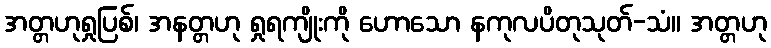
အတ္တဟုရှုပြစ်၊ အနတ္တဟု ရှုရကျိုးကို ဟောသော နကုလပိတုသုတ်-သံ။ အတ္တဟု